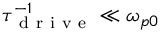
\tau _ { \mathrm { ~ d ~ r ~ i ~ v ~ e ~ } } ^ { - 1 } \ll \omega _ { p 0 }